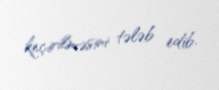
keçirilməsini tələb edib.